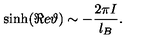
\sinh ( \Re e \vartheta ) \sim - \frac { 2 \pi I } { l _ { B } } .